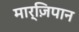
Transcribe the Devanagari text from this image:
मार्ज़िपान